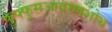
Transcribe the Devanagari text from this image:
फुफ्फुसआवरणशोथ